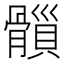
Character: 𩪇